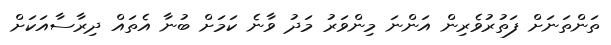
ތަންތަނަށް ފަތުރުވެރިން އަންނަ މިންވަރު މަދު ވާނެ ކަމަށް ބުނާ އެތައް ދިރާސާއަކަށް